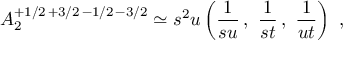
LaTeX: A _ { 2 } ^ { + 1 / 2 \, + 3 / 2 \, - 1 / 2 \, - 3 / 2 } \simeq s ^ { 2 } u \left( \frac { 1 } { s u } \, , \ \frac { 1 } { s t } \, , \ \frac { 1 } { u t } \right) \ ,